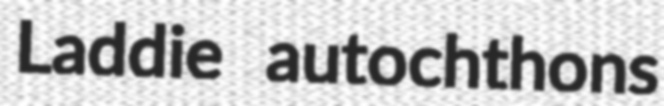
Laddie autochthons